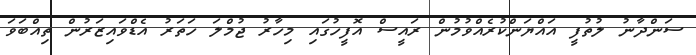
ސަންދާނު ލުތުފީ އައްޔަންކުރެއްވުމުން ރައީސް އޮފީހުގައި މިހާރު ޖުމްލަ ހަތަރު އެޑްވައިޒަރުން ތިއްބަވަ